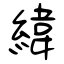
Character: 緯